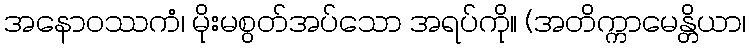
အနောဝဿကံ၊ မိုးမစွတ်အပ်သော အရပ်ကို။ (အတိက္ကာမေန္တိယာ၊